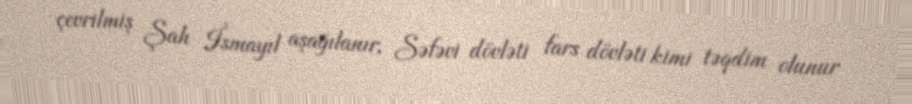
çevrilmiş Şah İsmayıl aşağılanır, Səfəvi dövləti fars dövləti kimi təqdim olunur